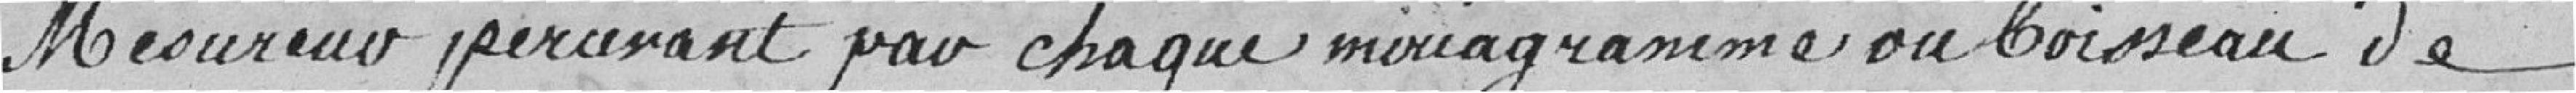
mesureur percevant pour chaque miriagramme ou boisseau de